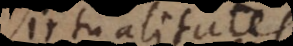
irtualitates